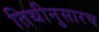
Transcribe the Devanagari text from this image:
तिथीनुसारच